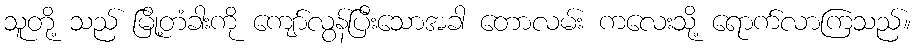
သူတို့ သည် မြို့တံခါးကို ကျော်လွန်ပြီးသောအခါ တောလမ်း ကလေးသို့ ရောက်လာကြသည်။